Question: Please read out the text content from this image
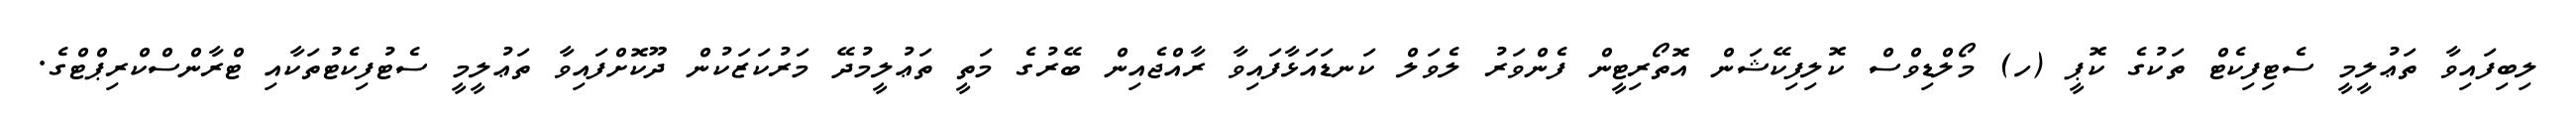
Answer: ލިބިފައިވާ ތަޢުލީމީ ސެޓިފިކެޓް ތަކުގެ ކޮޕީ (ހ) މޯލްޑިވްސް ކޮލިފިކޭޝަން އޮތޯރިޓީން ފެންވަރު ލެވަލް ކަނޑައަޅާފައިވާ ރާއްޖެއިން ބޭރުގެ މަތީ ތަޢުލީމުދޭ މަރުކަޒަކުން ދޫކޮށްފައިވާ ތަޢުލީމީ ސެޓުފިކެޓުތަކާއި ޓްރާންސްކްރިޕްޓްގެ.